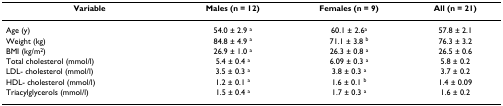
<table><thead><tr><td><b>Variable</b></td><td><b>Males (n = 12)</b></td><td><b>Females (n = 9)</b></td><td><b>All (n = 21)</b></td></tr></thead><tbody><tr><td>Age (y)</td><td>54.0 ± 2.9 <sup>a</sup></td><td>60.1 ± 2.6<sup>a</sup></td><td>57.8 ± 2.1</td></tr><tr><td>Weight (kg)</td><td>84.8 ± 4.9 <sup>a</sup></td><td>71.1 ± 3.8 <sup>b</sup></td><td>76.3 ± 3.2</td></tr><tr><td>BMI (kg/m<sup>2</sup>)</td><td>26.9 ± 1.0 <sup>a</sup></td><td>26.3 ± 0.8 <sup>a</sup></td><td>26.5 ± 0.6</td></tr><tr><td>Total cholesterol (mmol/l)</td><td>5.4 ± 0.4 <sup>a</sup></td><td>6.09 ± 0.3 <sup>a</sup></td><td>5.8 ± 0.2</td></tr><tr><td>LDL- cholesterol (mmol/l)</td><td>3.5 ± 0.3 <sup>a</sup></td><td>3.8 ± 0.3 <sup>a</sup></td><td>3.7 ± 0.2</td></tr><tr><td>HDL- cholesterol (mmol/l)</td><td>1.2 ± 0.1 <sup>a</sup></td><td>1.6 ± 0.1 <sup>b</sup></td><td>1.4 ± 0.09</td></tr><tr><td>Triacylglycerols (mmol/l)</td><td>1.5 ± 0.4 <sup>a</sup></td><td>1.7 ± 0.3 <sup>a</sup></td><td>1.6 ± 0.2</td></tr></tbody></table>